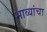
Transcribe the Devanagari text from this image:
भाव्यांचा